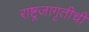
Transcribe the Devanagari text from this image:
राष्ट्रजागृतीची